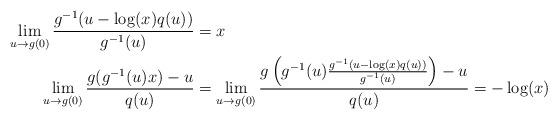
LaTeX: \begin{align*}\lim_{u\to g(0)}\frac{g^{-1}(u-\log(x)q(u))}{g^{-1}(u)}&=x\\\lim_{u\to g(0)}\frac{g(g^{-1}(u)x)-u}{q(u)}&=\lim_{u\to g(0)}\frac{g\left(g^{-1}(u)\frac{g^{-1}(u-\log(x)q(u))}{g^{-1}(u)}\right)-u}{q(u)}=-\log(x)\end{align*}